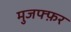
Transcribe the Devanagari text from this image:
मुजफ्फ़र